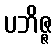
ပဘိဇ္ဇ